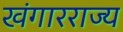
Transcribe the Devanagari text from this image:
खंगारराज्य